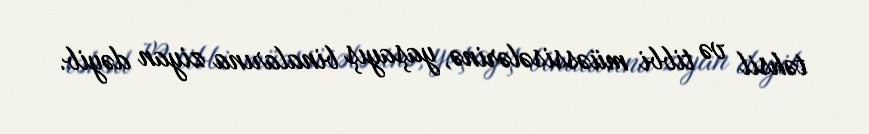
təhsil və tibbi müəssisələrinə, yaşayış binalarına ziyan dəyib.